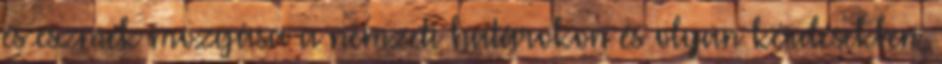
és eszmék mozgása a nemzeti határokon és olyan kérdésekben,